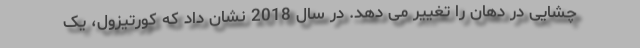
چشایی در دهان را تغییر می دهد. در سال 2018 نشان داد که کورتیزول، یک